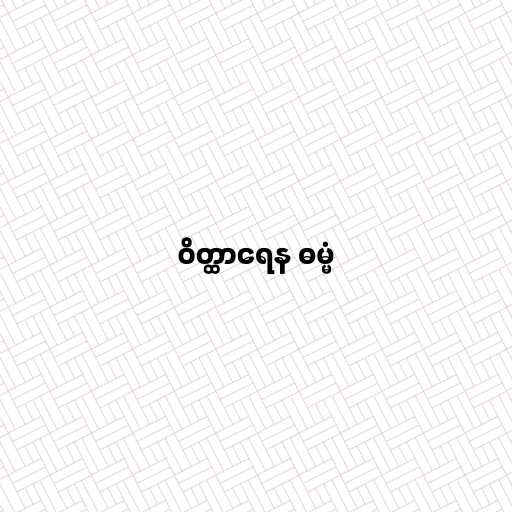
ဝိတ္ထာရေန ဓမ္မံ